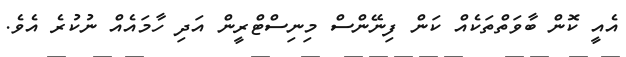
އެއީ ކޮން ބާވަތްތަކެއްް ކަން ފިނޭންސް މިނިސްޓްރީން އަދި ހާމައެއް ނުކުރެ އެވެ.